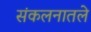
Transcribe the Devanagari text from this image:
संकलनातले